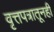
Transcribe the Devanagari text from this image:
वृत्तपत्रातूनही